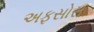
અફસોસ